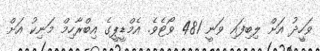
ވަހީދު އަށް ލިބިފައި ވަނީ 481 ވޯޓެވެ. އެމްޑީޕީގެ އިބްރާހިމް މަނިކު އަށް